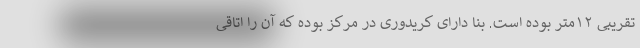
تقریبی ۱۲متر بوده است. بنا دارای کریدوری در مرکز بوده که آن را اتاقی